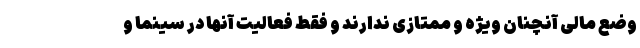
وضع مالی آنچنان ویژه و ممتازی ندارند و فقط فعالیت آنها در سینما و